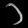
Digit: ၁